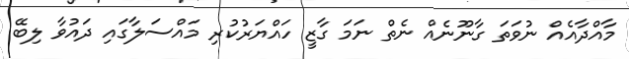
މާއްދާއެއް ނުވަތަ ގާނޫނެއް ނެތް ނަމަ ގާޒީ ހައްޔަރުކުރި މައްސަލާގައި ދައުވާ ލިބޭ